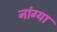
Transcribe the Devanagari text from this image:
नांग्या